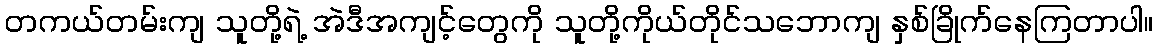
တကယ်တမ်းကျ သူတို့ရဲ့ အဲဒီအကျင့်တွေကို သူတို့ကိုယ်တိုင်သဘောကျ နှစ်ခြိုက်နေကြတာပါ။